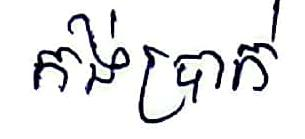
កង់ប្រាក់